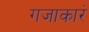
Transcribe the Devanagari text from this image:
गजाकारं